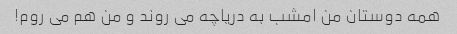
همه دوستان من امشب به دریاچه می روند و من هم می روم!